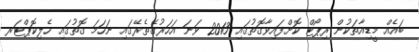
ބައެއް މީޑިއާތަކުން ރިޕޯޓް ކޮށްފައިވާގޮތުގައި 2013 ވަނަ އަހަރުގެތެރޭގައި ނަހަމަ ގޮތުގައި ހެލިކޮޕްޓަރ